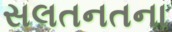
સલતનતના